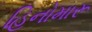
હિનોમારૂ